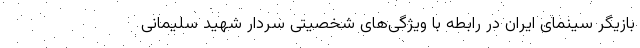
بازیگر سینمای ایران در رابطه با ویژگی‌های شخصیتی سردار شهید سلیمانی